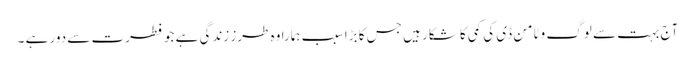
آج بہت سے لوگ وٹامن ڈی کی کمی کا شکار ہیں جس کا بڑا سبب ہمارا وہ طرز زندگی ہے جو فطرت سے دور ہے ۔